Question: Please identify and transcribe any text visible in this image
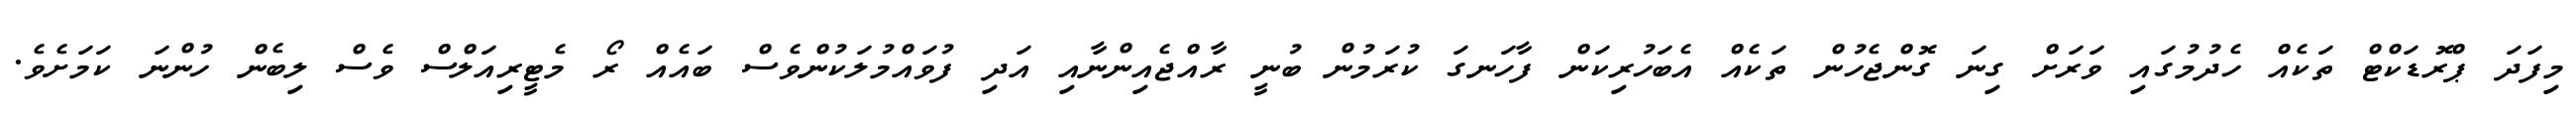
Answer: މިފަދަ ޕްރޮޑަކްޓް ތަކެއް ހެދުމުގައި ވަރަށް ގިނަ ގޮންޖެހުން ތަކެއް އެބަހުރިކަން ފާހަނގަ ކުރަމުން ބުނީ ރާއްޖެއިންނާއި އަދި ފުވައްމުލަކުންވެސް ބައެއް ރޯ މެޓީރިއަލްސް ވެސް ލިބެން ހުންނަ ކަމަށެވެ.